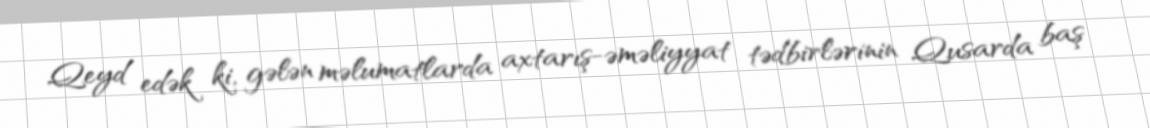
Qeyd edək ki, gələn məlumatlarda axtarış-əməliyyat tədbirlərinin Qusarda baş